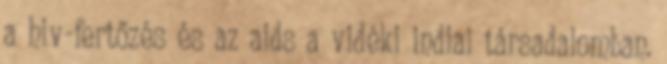
a hiv-fertőzés és az aids a vidéki indiai társadalomban.